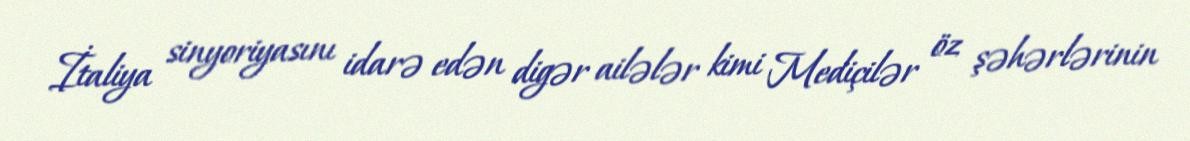
İtaliya sinyoriyasını idarə edən digər ailələr kimi Mediçilər öz şəhərlərinin